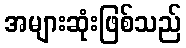
အများဆုံးဖြစ်သည်